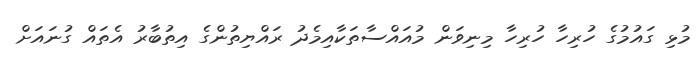
މުޅި ގައުމުގެ ހުރިހާ ހުރިހާ މިނިވަން މުއައްސާތަކާއިމެދު ރައްޔިތުންގެ އިތުބާރު އެތައް ގުނައަށް